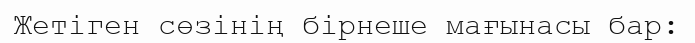
Жетіген сөзінің бірнеше мағынасы бар: